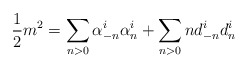
\begin{align*}\frac{1}{2}m^{2}=\sum_{n>0}\alpha^{i}_{-n}\alpha^{i}_{n}+\sum_{n>0}nd^{i}_{-n}d^{i}_{n}\end{align*}